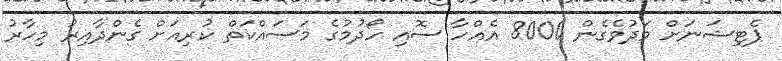
ޕެޓިޝަނަށް މަދުވެގެން 8000 އެއްހާ ސޮއި ހޯދުމުގެ މަސައްކަތް ކުރިއަށް ގެންދާއިރު މިހާރު